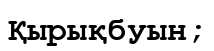
Қырықбуын;